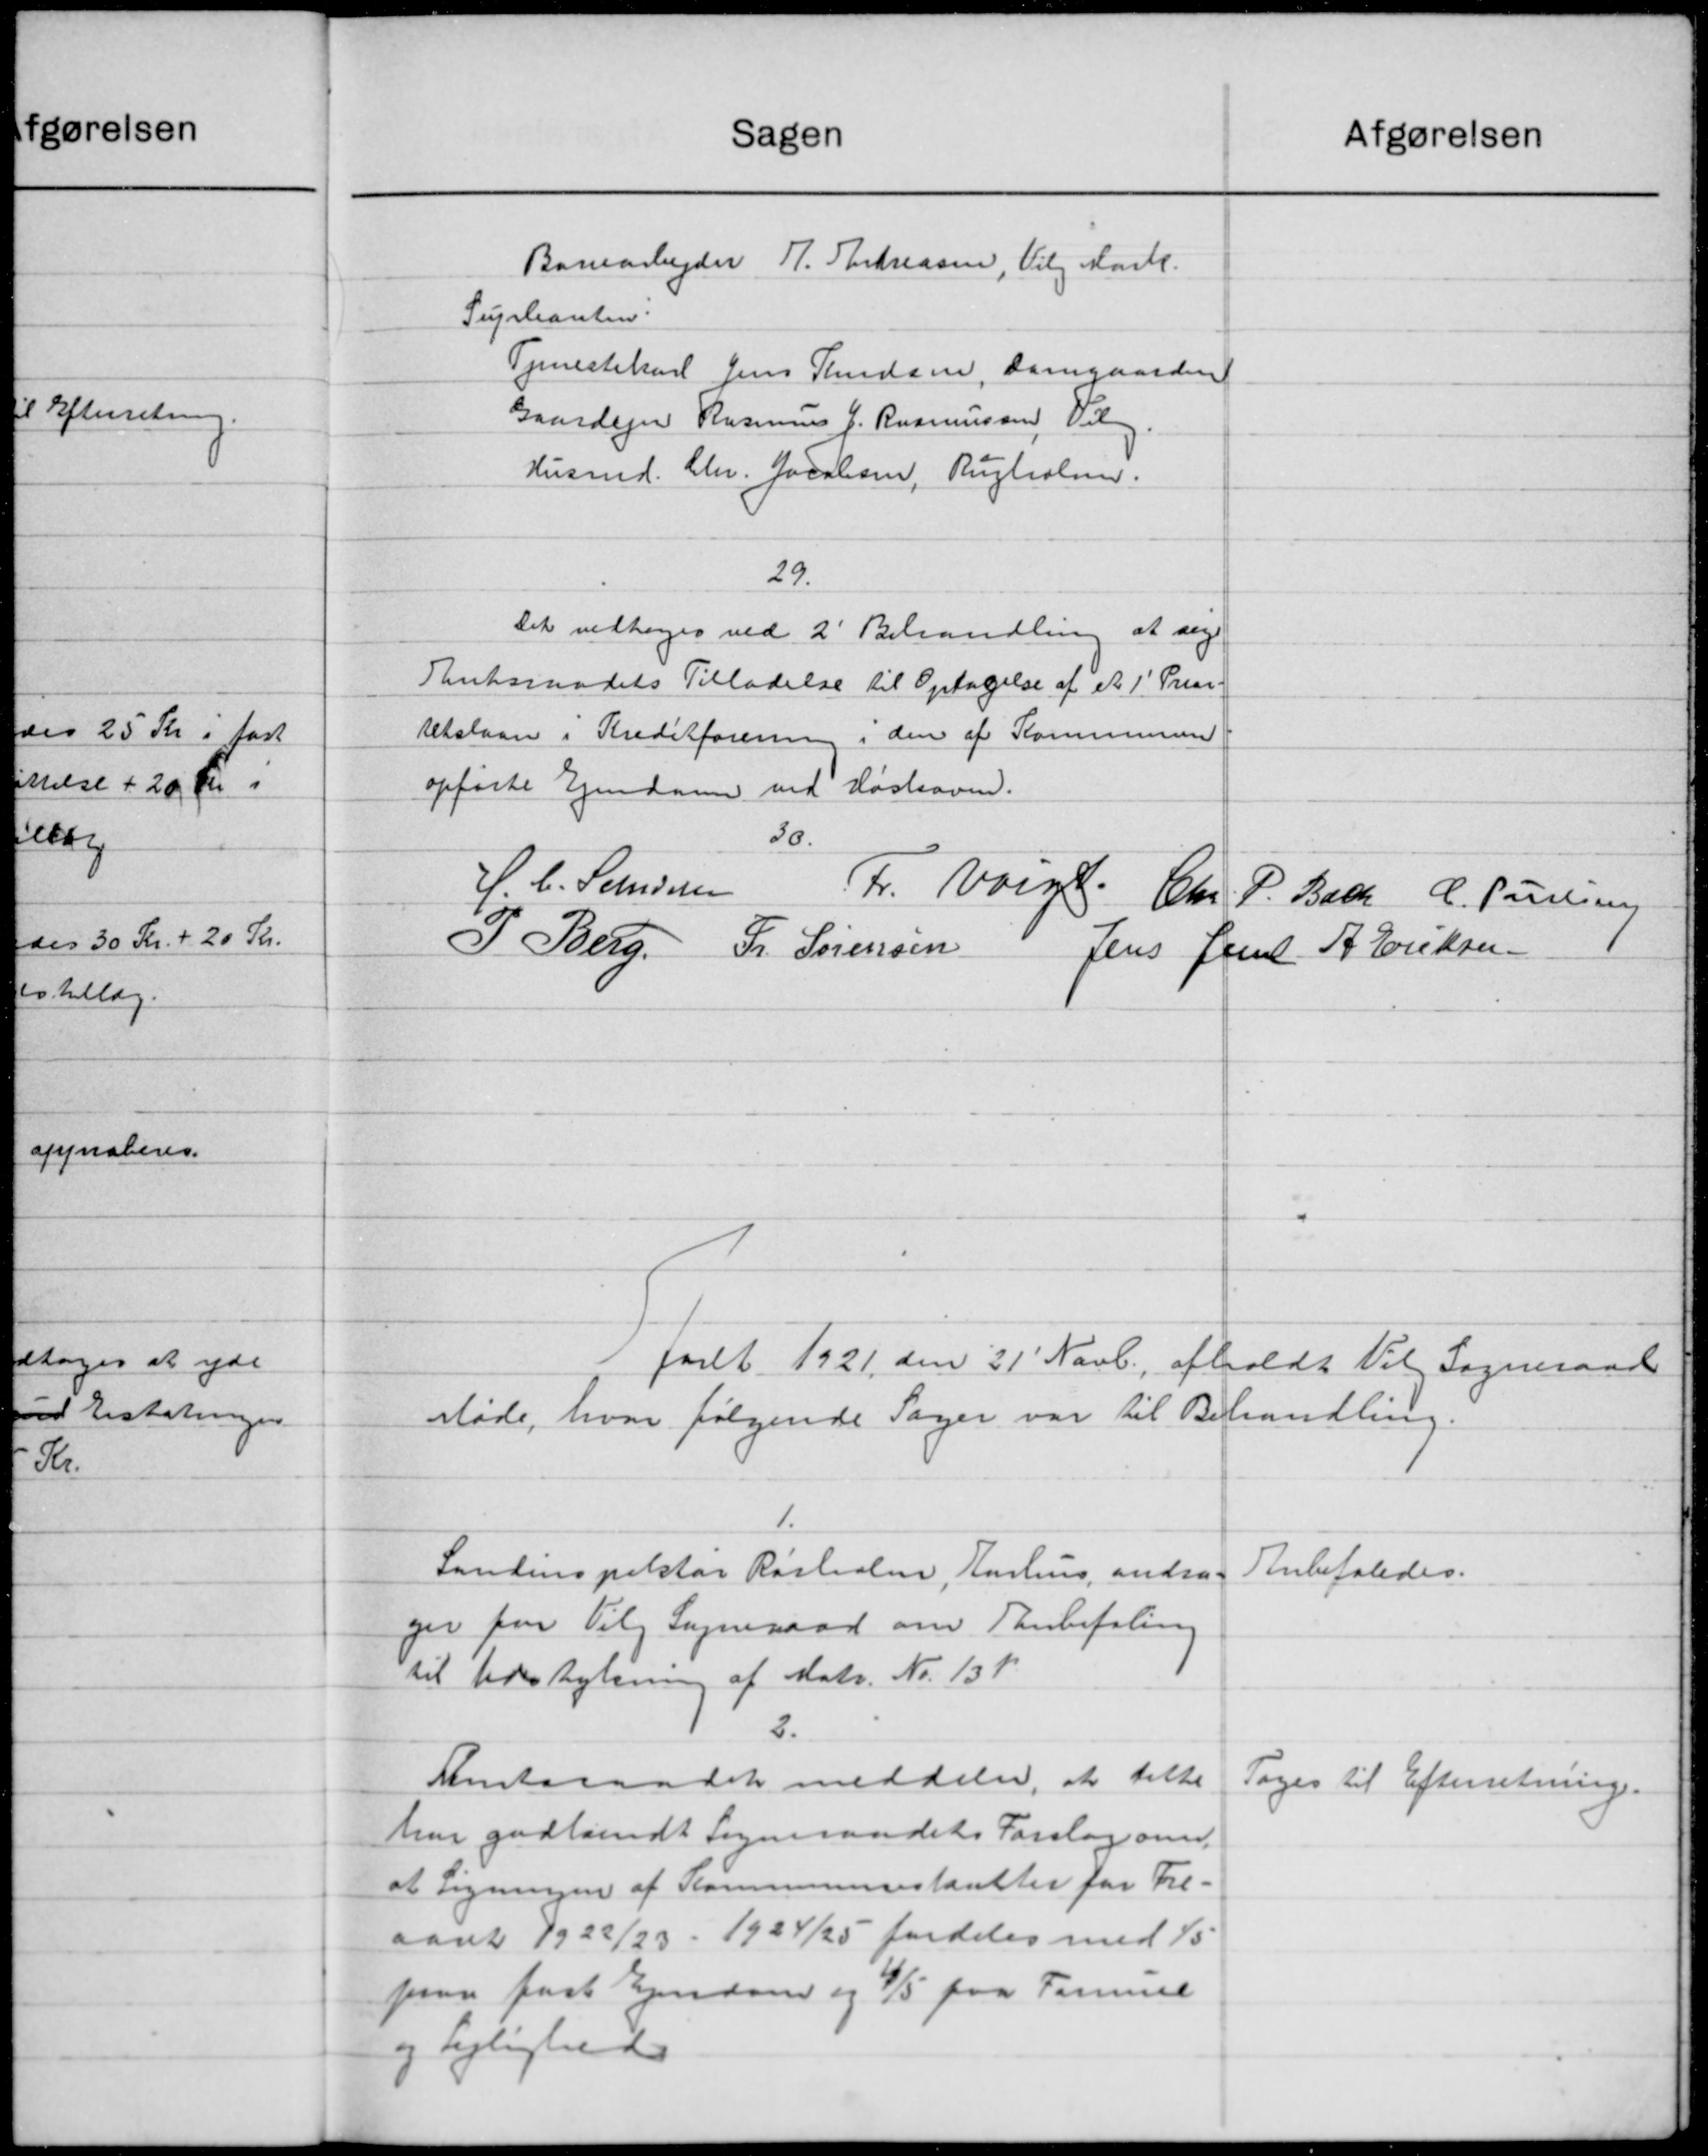
Transskription:
Sagen
Afgørelsen
Banearbejder R. Thetreasen, Vilg Mark.
Supleanten
Tjenestekarl Jens Knudsen, Damgaarden
Gaardejer Rasmuss J. Rasmussen, Vil
Husmd. Chr. Jacobsen, Rugholme.
29.
Det vedtoges ved 2' Behandling at sige
Amtsraadets Tilladelse til Optagelse af et 1' Prior.
retslaan i Kreditforening i den af Kommunen
opførte Ejendom ved Hørhaven.
30.
H. C. Sandersen
Fr. Valge
Car
P. Bach C. Poulse
P. Berg. Fr. Sørensen Jens Jens A. Eriksen
faret 1921 den 21' Novb. afholdt Valg Sogneraad
Møde, hvor følgende Sager var til Behandling.
Landinspektør Røsholen, Aarhus andrag
Anbefaledes.
ger fra Vilg Sogneraad om Tanbefaling
til Udstykning af Matr. Nr. 131.
2.
Amtsraadet meddeler, at delte
Toges til Efterretning.
har godkendt Sogneraadets Forslag om
at Ligningen af Kommunenestantter for Fre-
aaret 1922/23 1924/25 fordeles med 15
paaa fast Ejendom og 2/5 paa Fammel
og Lejlighed